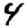
Digit: 4